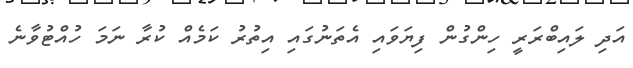
އަދި ލައިބްރަރީ ހިންގުން ފިޔަވައި އެތަނުގައި އިތުރު ކަމެއް ކުރާ ނަމަ ހުއްޓުވާނެ